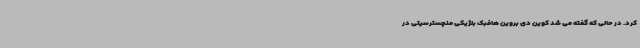
کرد. در حالی که گفته می شد کوین دی بروین هافبک بلژیکی منچسترسیتی در